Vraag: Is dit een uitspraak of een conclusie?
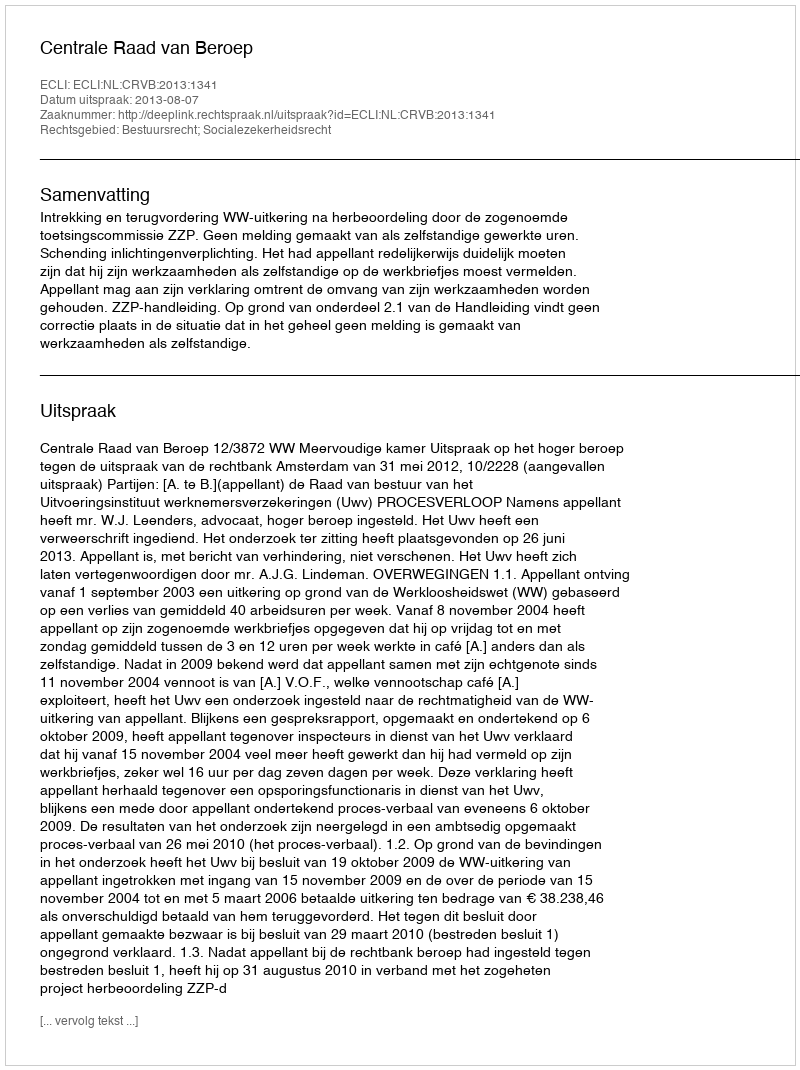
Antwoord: Uitspraak